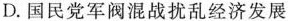
D.国民党军阀混战扰乱经济发展